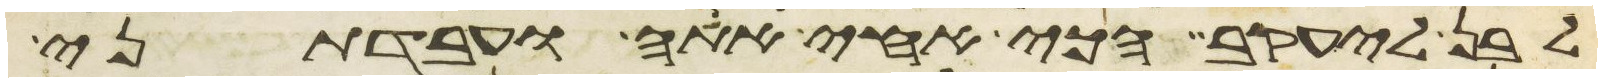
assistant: לבן ליעקב הכי אחי אתה ועבדתני